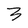
Character: 3